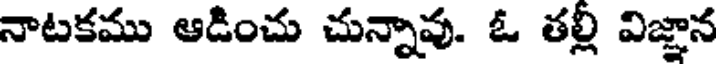
నాటకము ఆడించు చున్నావు. ఓ తల్లి విజ్ఞాన